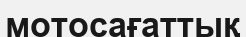
мотосағаттық